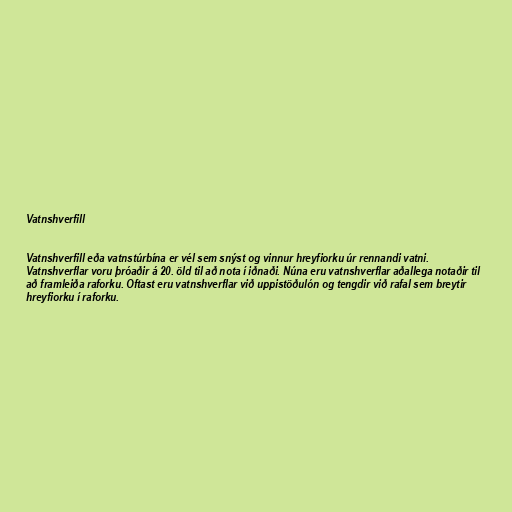
Vatnshverfill

Vatnshverfill eða vatnstúrbína er vél sem snýst og vinnur hreyfiorku úr rennandi vatni.
Vatnshverflar voru þróaðir á 20. öld til að nota í iðnaði. Núna eru vatnshverflar aðallega notaðir til
að framleiða raforku. Oftast eru vatnshverflar við uppistöðulón og tengdir við rafal sem breytir
hreyfiorku í raforku.